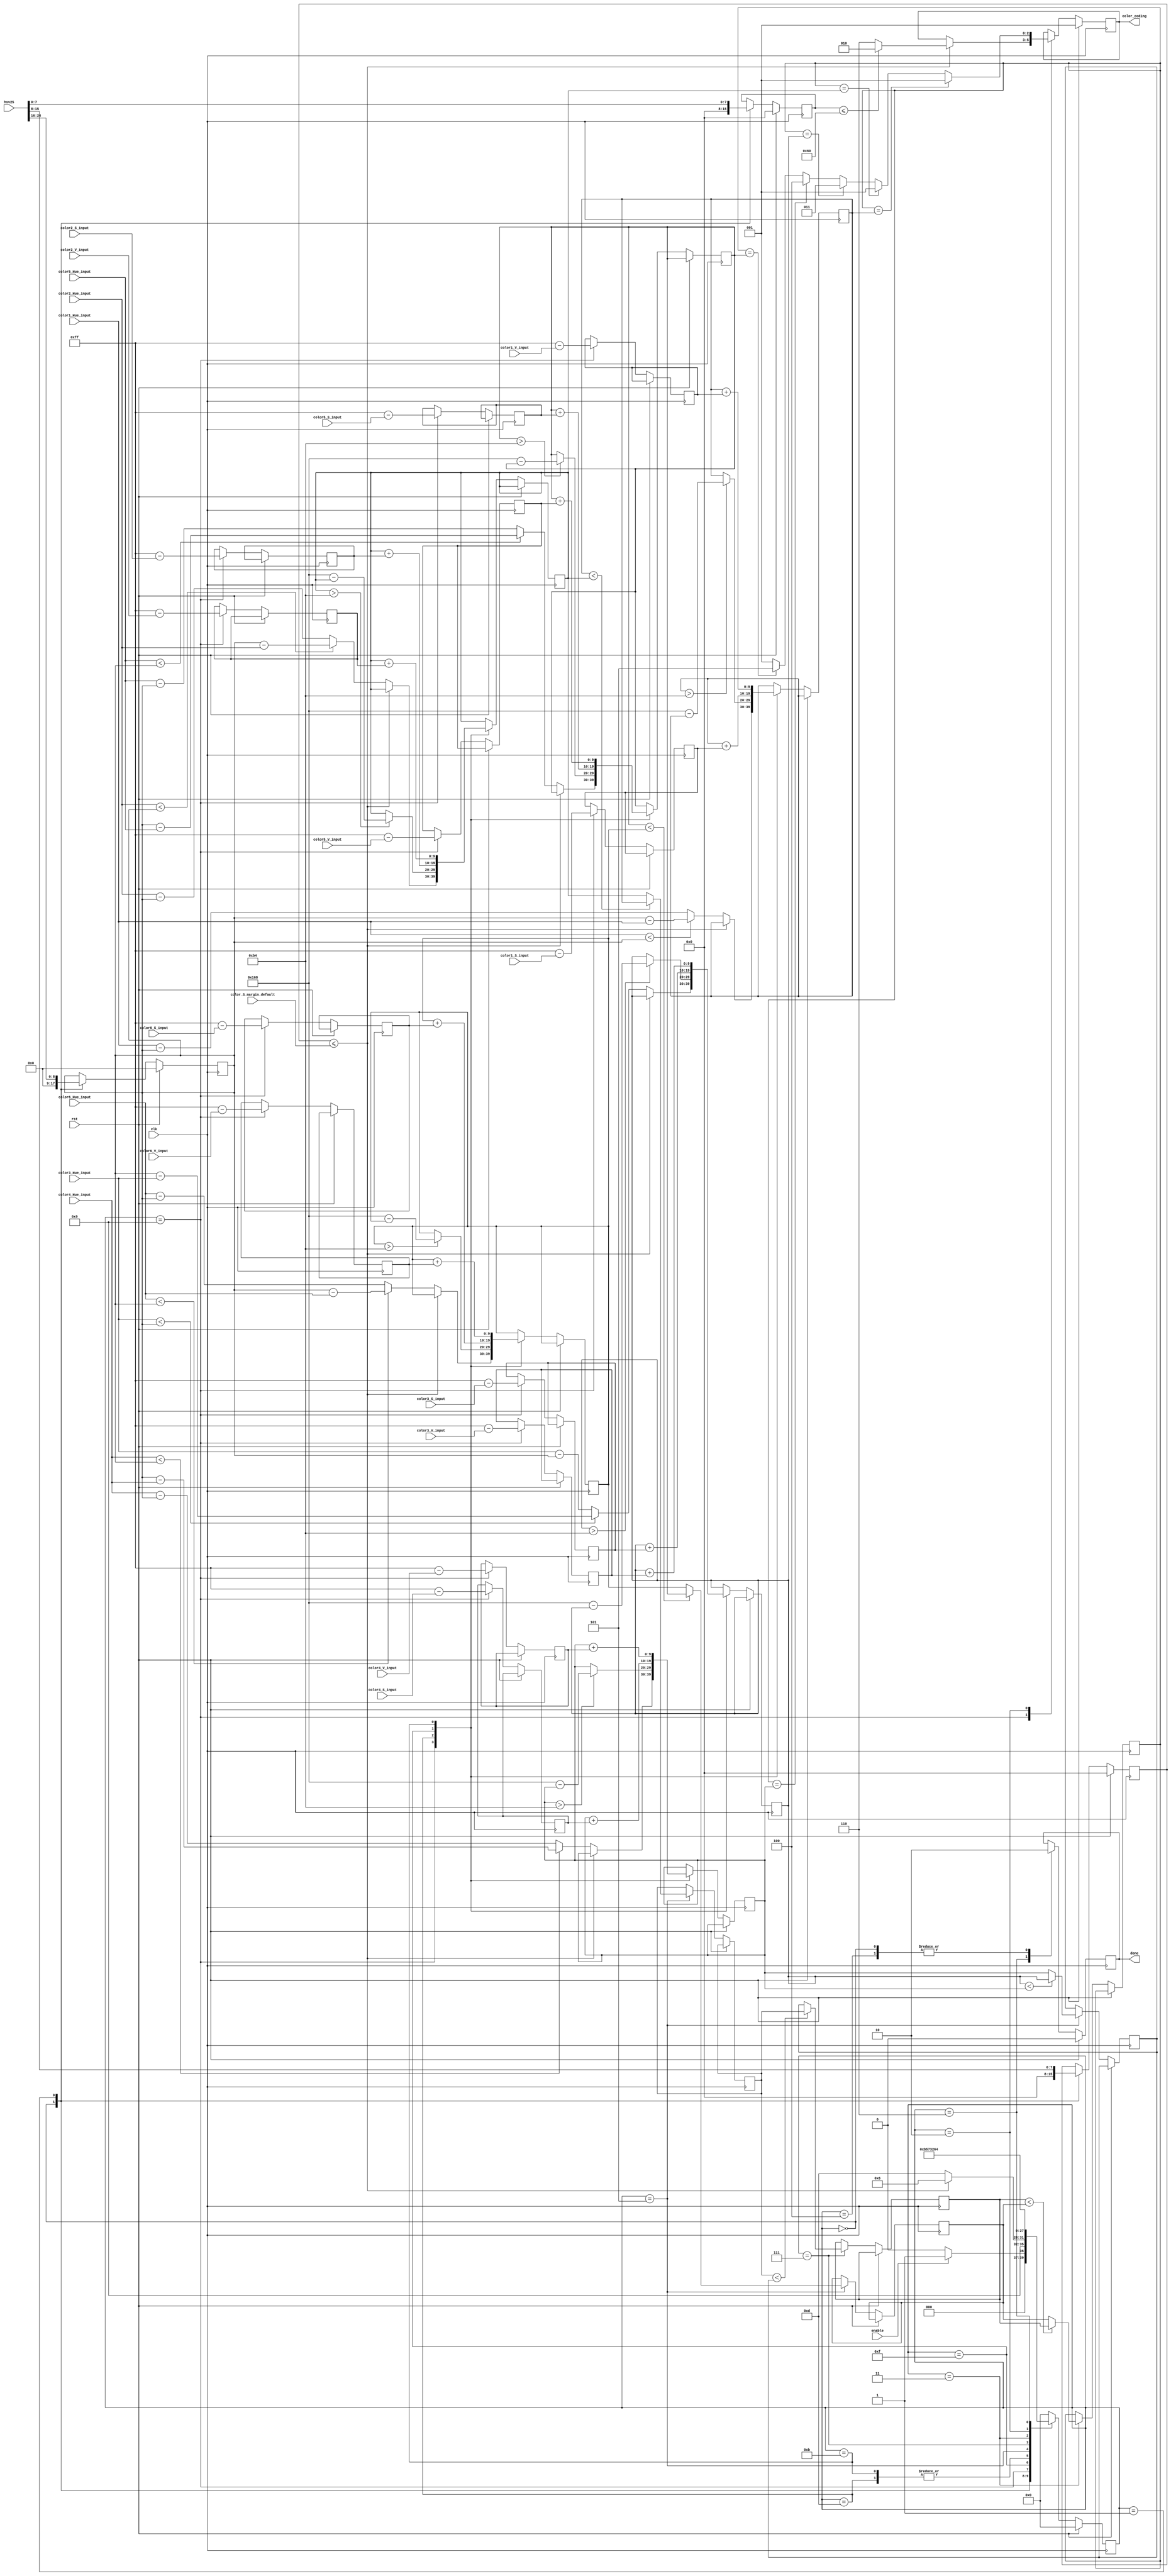
 /* this program is to generate color_coding
    Copyright (C) 2018 IdlessChaye

    This program is free software; you can redistribute it and/or modify
    it under the terms of the GNU General Public License as published by
    the Free Software Foundation; either version 2 of the License, or
    (at your option) any later version.

    This program is distributed in the hope that it will be useful,
    but WITHOUT ANY WARRANTY; without even the implied warranty of
    MERCHANTABILITY or FITNESS FOR A PARTICULAR PURPOSE.  See the
    GNU General Public License for more details.

    You should have received a copy of the GNU General Public License along
    with this program; if not, write to the Free Software Foundation, Inc.,
    51 Franklin Street, Fifth Floor, Boston, MA 02110-1301 USA.
*/


`timescale 1ns / 1ns
module hsv2color_coding (
    input clk,
    input rst,

    input enable,

    input[24:0] hsv25,
    output reg[2:0] color_coding,
    
    input[8:0] color1_Hue_input,
    input[8:0] color2_Hue_input,
    input[8:0] color3_Hue_input,
    input[8:0] color4_Hue_input,
    input[8:0] color5_Hue_input,
    input[8:0] color6_Hue_input,
    input[7:0] color1_S_input,
    input[7:0] color2_S_input,
    input[7:0] color3_S_input,
    input[7:0] color4_S_input,
    input[7:0] color5_S_input,
    input[7:0] color6_S_input,
    input[7:0] color1_V_input,
    input[7:0] color2_V_input,
    input[7:0] color3_V_input,
    input[7:0] color4_V_input,
    input[7:0] color5_V_input,
    input[7:0] color6_V_input,
    input[7:0] color_S_margin_default,

    output reg done
);

reg[8:0] Hue;
reg[7:0] Saturation;
reg[7:0] Value;

// white 3'b110 black 3'b010
localparam  color1_coding = 3'b001,
            color2_coding = 3'b001,
            color3_coding = 3'b011,
            color4_coding = 3'b100,
            color5_coding = 3'b101,
            color6_coding = 3'b001;  // also red
//reg[7:0]    color_S_margin_default = 45;
localparam  color_V_margin_default = 96;


reg[7:0] dis_S_1,
         dis_S_2,
         dis_S_3,
         dis_S_4,
         dis_S_5,
         dis_S_6;
reg[7:0] dis_V_1,
         dis_V_2,
         dis_V_3,
         dis_V_4,
         dis_V_5,
         dis_V_6;
reg[9:0] dis_color1,
         dis_color2,
         dis_color3,
         dis_color4,
         dis_color5,
         dis_color6;
reg[9:0] min1_1,
         min1_2,
         min1_3,
         min2,
         min3;


localparam s_idle    = 4'b0000;
localparam s_init    = 4'b0001;
localparam s_dis1    = 4'b1001;
localparam s_dis2    = 4'b1101;
localparam s_sum1    = 4'b1111;
localparam s_sum2    = 4'b1011;
localparam s_min1    = 4'b0101;
localparam s_min2    = 4'b0111;
localparam s_min3    = 4'b0011;
localparam s_trans   = 4'b0010;
localparam s_done    = 4'b0110;
localparam s_ready   = 4'b0100;
reg[3:0] status = s_idle;

always@(posedge clk) begin
    if(rst) begin
        done <= 0;
        color_coding <= color1_coding;
        Hue <= 0;
        Saturation <= 0;
        Value <= 0;

        status <= s_idle;
    end else begin
        case(status) 
            s_idle: begin
                done <= 0;
                Hue <= 0;
                Saturation <= 0;
                Value <= 0;

                if(enable) begin
                    status <= s_init;
                end else begin
                    status <= s_idle;
                end
            end
            s_init: begin
                Hue <= hsv25[24:16];
                Saturation <= hsv25[15:8];
                Value <= hsv25[7:0];

                status <= s_dis1;
            end
            s_dis1: begin
                if(Saturation <= color_S_margin_default) begin
                    if(Value <= color_V_margin_default)
                        color_coding <= 3'b010; // black
                    else
                        color_coding <= 3'b110; // white
                    status <= s_done;
                end else begin
                    status <= s_dis2;

                    if(color1_Hue_input < Hue) begin
                        dis_color1 <= Hue - color1_Hue_input;
                    end else begin
                        dis_color1 <= color1_Hue_input - Hue;
                    end
                    if(color2_Hue_input < Hue) begin
                        dis_color2 <= Hue - color2_Hue_input;
                    end else begin
                        dis_color2 <= color2_Hue_input - Hue;
                    end                   
                    if(color3_Hue_input < Hue) begin
                        dis_color3 <= Hue - color3_Hue_input;
                    end else begin
                        dis_color3 <= color3_Hue_input - Hue;
                    end                    
                    if(color4_Hue_input < Hue) begin
                        dis_color4 <= Hue - color4_Hue_input;
                    end else begin
                        dis_color4 <= color4_Hue_input - Hue;
                    end                    
                    if(color5_Hue_input < Hue) begin
                        dis_color5 <= Hue - color5_Hue_input;
                    end else begin
                        dis_color5 <= color5_Hue_input - Hue;
                    end                    
                    if(color6_Hue_input < Hue) begin
                        dis_color6 <= Hue - color6_Hue_input;
                    end else begin
                        dis_color6 <= color6_Hue_input - Hue;
                    end                    
                end

                dis_S_1 <= 255 - color1_S_input;
                dis_S_2 <= 255 - color2_S_input;
                dis_S_3 <= 255 - color3_S_input;
                dis_S_4 <= 255 - color4_S_input;
                dis_S_5 <= 255 - color5_S_input;
                dis_S_6 <= 255 - color6_S_input;

                dis_V_1 <= 255 - color1_V_input;
                dis_V_2 <= 255 - color2_V_input;
                dis_V_3 <= 255 - color3_V_input;
                dis_V_4 <= 255 - color4_V_input;
                dis_V_5 <= 255 - color5_V_input;
                dis_V_6 <= 255 - color6_V_input;

            end
            s_dis2: begin
                if(dis_color1 > 180) begin
                    dis_color1 <= 360 - dis_color1;
                end
                if(dis_color2 > 180) begin
                    dis_color2 <= 360 - dis_color2;
                end
                if(dis_color3 > 180) begin
                    dis_color3 <= 360 - dis_color3;
                end
                if(dis_color4 > 180) begin
                    dis_color4 <= 360 - dis_color4;
                end
                if(dis_color5 > 180) begin
                    dis_color5 <= 360 - dis_color5;
                end
                if(dis_color6 > 180) begin
                    dis_color6 <= 360 - dis_color6;
                end

                status <= s_min1;
            end   
            s_sum1: begin
                dis_color1 <= dis_color1 + {2'b0,dis_S_1};
                dis_color2 <= dis_color2 + {2'b0,dis_S_2};
                dis_color3 <= dis_color3 + {2'b0,dis_S_3};
                dis_color4 <= dis_color4 + {2'b0,dis_S_4};
                dis_color5 <= dis_color5 + {2'b0,dis_S_5};
                dis_color6 <= dis_color6 + {2'b0,dis_S_6};

                status <= s_sum2;
            end
            s_sum2: begin
                dis_color1 <= dis_color1 + {2'b0,dis_V_1};
                dis_color2 <= dis_color2 + {2'b0,dis_V_2};
                dis_color3 <= dis_color3 + {2'b0,dis_V_3};
                dis_color4 <= dis_color4 + {2'b0,dis_V_4};
                dis_color5 <= dis_color5 + {2'b0,dis_V_5};
                dis_color6 <= dis_color6 + {2'b0,dis_V_6};

                status <= s_min1;
            end
            s_min1: begin
                if(dis_color1 < dis_color2) begin
                    min1_1 <= dis_color1;
                end else begin
                    min1_1 <= dis_color2;
                end
                if(dis_color3 < dis_color4) begin
                    min1_2 <= dis_color3;
                end else begin
                    min1_2 <= dis_color4;
                end
                if(dis_color5 < dis_color6) begin
                    min1_3 <= dis_color5;
                end else begin
                    min1_3 <= dis_color6;
                end

                status <= s_min2;
            end 
            s_min2: begin
                if(min1_1 < min1_2) begin
                    min2 <= min1_1;
                end else begin
                    min2 <= min1_2;
                end

                status <= s_min3;
            end 
            s_min3: begin
                if(min2 < min1_3) begin
                    min3 <= min2;
                end else begin
                    min3 <= min1_3;
                end

                status <= s_trans;
            end       
            s_trans: begin
                case(min3)
                    dis_color1: begin
                        color_coding <= color1_coding;
                    end
                    dis_color2: begin
                        color_coding <= color2_coding;
                    end
                    dis_color3: begin
                        color_coding <= color3_coding;
                    end
                    dis_color4: begin
                        color_coding <= color4_coding;
                    end
                    dis_color5: begin
                        color_coding <= color5_coding;
                    end
                    dis_color6: begin
                        color_coding <= color6_coding;
                    end
                    default: begin
                        color_coding <= color1_coding;
                    end
                endcase

                status <= s_done;
            end
            s_done: begin
                done <= 1;

                status <= s_ready;
            end
            s_ready: begin
                done <= 0;
                
                status <= s_idle; 
            end
            default: begin
                status <= s_idle; 
            end
        endcase
    end
end

endmodule